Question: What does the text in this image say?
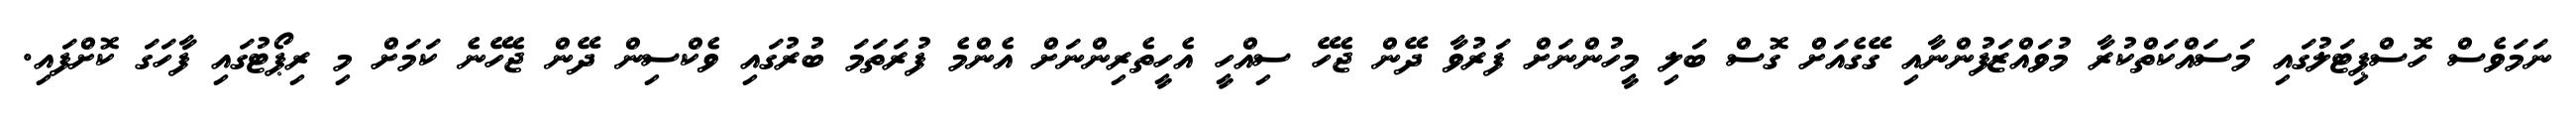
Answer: ނަމަވެސް ހޮސްޕިޓަލުގައި މަސައްކަތްކުރާ މުވައްޒަފުންނާއި ގޭގެއަށް ގޮސް ބަލި މީހުންނަށް ފަރުވާ ދޭން ޖެހޭ ސިއްހީ އެހީތެރިންނަށް އެންމެ ފުރަތަމަ ބުރުގައި ވެކްސިން ދޭން ޖެހޭނެ ކަމަށް މި ރިޕޯޓުގައި ފާހަގަ ކޮށްފައި.